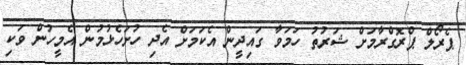
ޕެރޯލް ޕްރޮގްރާމަށް ޝަރުތު ހަމަވާ ގައިދީން އެކަމަށް އެދި ހުށަހެޅުމުން އެމީހުން ވަކި